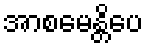
အာစမေန္တိပေ